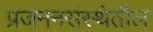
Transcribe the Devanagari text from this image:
प्रजननसंस्थेतील